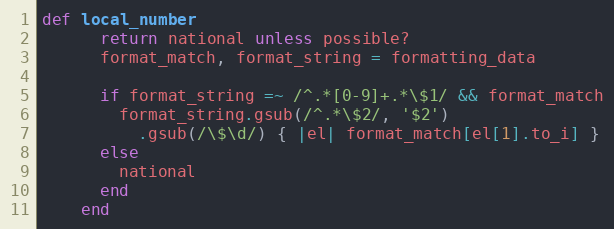
Language: Ruby
def local_number
      return national unless possible?
      format_match, format_string = formatting_data

      if format_string =~ /^.*[0-9]+.*\$1/ && format_match
        format_string.gsub(/^.*\$2/, '$2')
          .gsub(/\$\d/) { |el| format_match[el[1].to_i] }
      else
        national
      end
    end